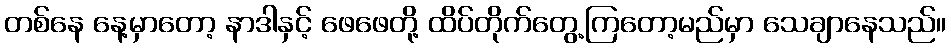
တစ်နေ နေ့မှာတော့ နာဒါနှင့် ဖေဖေတို့ ထိပ်တိုက်တွေ့ကြတော့မည်မှာ သေချာနေသည်။